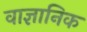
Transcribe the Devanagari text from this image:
वाज्ञानिक